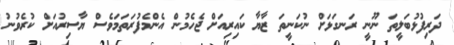
ދަރިފުޅުބަލީތަ ނޫނީ ރަނގަޅަށް ނުކަނީތަ ޒާޔާ ކައިރިއަށް ޖެހެމުން އެންމެފުރަތަމަވެސް ޔާސިރުއަށް ކުރެވުނު